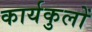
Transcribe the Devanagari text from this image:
कार्यकुलों